Mentally defective children, 1931
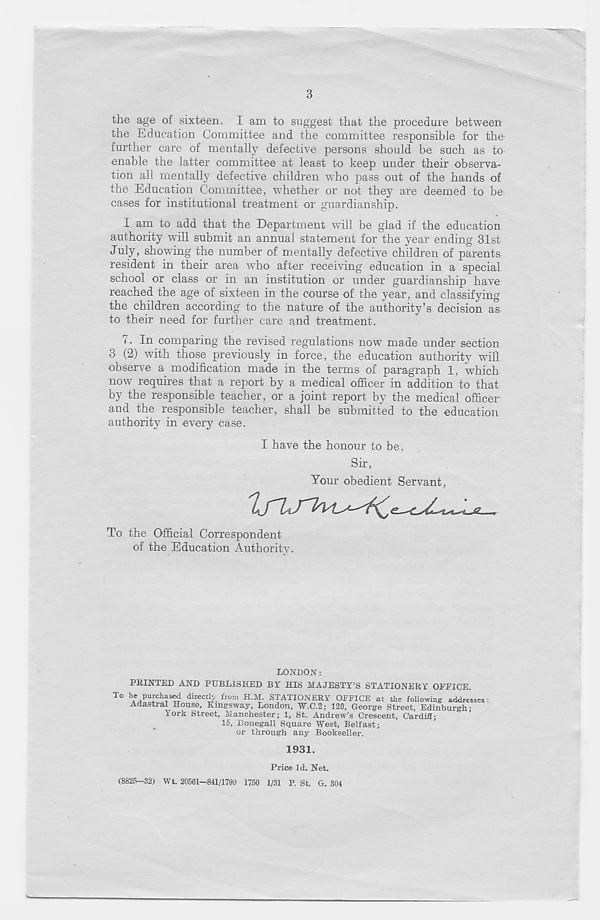
3
the age of sixteen. I am to suggest that the procedure between
the Education Committee and the committee responsible for the-
further care of mentally defective persons should be such as to
enable the latter committee at least to keep under their observa-
tion all mentally defective children who pass out of the hands of
the Education Committee, whether or not they are deemed to be
cases for institutional treatment or guardianship.
I am to add that the Department will be glad if the education
authority will submit an annual statement for the year ending 31st
July, showing the number of mentally defective children of parents
resident in their area who after receiving education in a special
school or class or in an institution or under guardianship have
reached the age of sixteen in the course of the year, and classifying
the children according to the nature of the authority’s decision as
to their need for further care and treatment.
i. In comparing the revised regulations now made under section
3 (2) with those previously in force, the education authority will
observe a modification made in the terms of paragraph 1, which
now requires that a report by a medical officer in addition to that
by the responsible teacher, or a joint report by the medical officer
and the responsible teacher, shall be submitted to the education
authority in every case.
I have the honour to be,
Sir,
Your obedient Servant,
Lf'hi-
To the Official Correspondent
of the Education Authority.
LONDON:
PKINTED AND PUBLISHED BY HIS MAJESTY'S STATIONERY OPFICE.
To be purchased directly from H.M. STATIONERY OFFICE at the following addresses:
Aaastral House, King-sway, London, W.C.2; 120, George Street, Edinburgh;
York Street, Manchester; 1, St. Andrew’s Crescent, Cardiff;
15, Donegall Square West, Belfast;
or through any Bookseller.
1931.
Price Id. Net.
(8825-32) Wt. 20561-841/1799 1750 1/31 P, St. G. 304